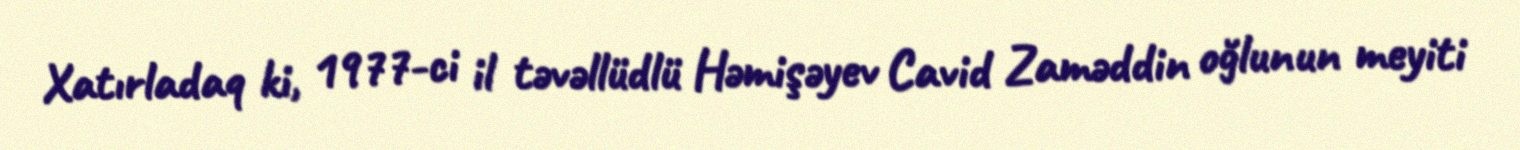
Xatırladaq ki, 1977-ci il təvəllüdlü Həmişəyev Cavid Zaməddin oğlunun meyiti